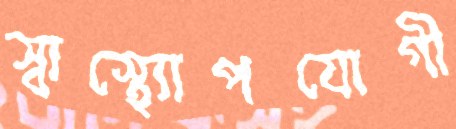
স্বাস্থ্যোপযোগী